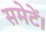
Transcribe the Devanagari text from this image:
समेटें।